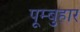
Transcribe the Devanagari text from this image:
पूम्बुहार